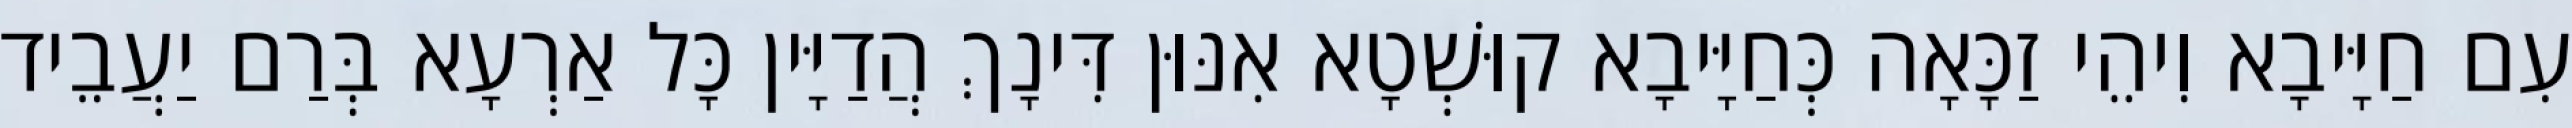
עִם חַיָּיבָא וִיהֵי זַכָּאָה כְּחַיָּיבָא קוּשְׁטָא אִנּוּן דִּינָךְ הֲדַיָּין כָּל אַרְעָא בְּרַם יַעֲבֵיד